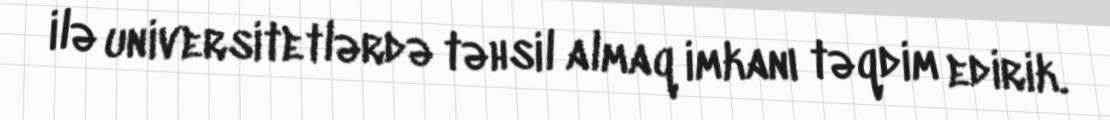
ilə universitetlərdə təhsil almaq imkanı təqdim edirik.